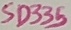
Text: SD335